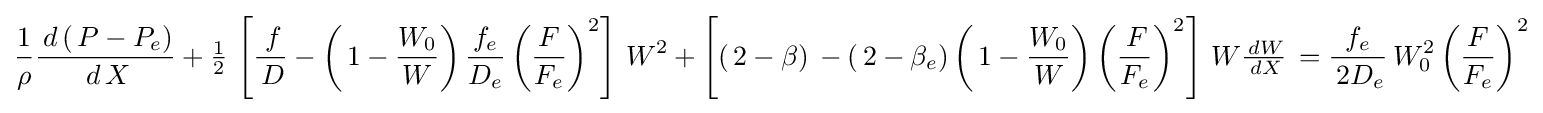
{\frac {1}{\rho }}{\frac {\,d\left(\,P-P_{e}\right)}{\,d\,X}}+{\tfrac {1}{2}}\,\left[{\frac {\,f}{\,D}}-\left(\,1-{\frac {W_{0}}{W}}\right){\frac {f_{e}}{D_{e}}}\left({\frac {F}{F_{e}}}\right)^{2}\right]\,W^{2}+\left[\left(\,2-\beta \right)\,-\left(\,2-\beta _{e}\right)\left(\,1-{\frac {W_{0}}{W}}\right)\left({\frac {\,F}{F_{e}}}\right)^{2}\right]\,W{\tfrac {\,dW}{\,dX}}\,={\frac {f_{e}}{\,2D_{e}}}\,W_{0}^{2}\left({\frac {F}{F_{e}}}\right)^{2}